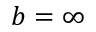
b = \infty